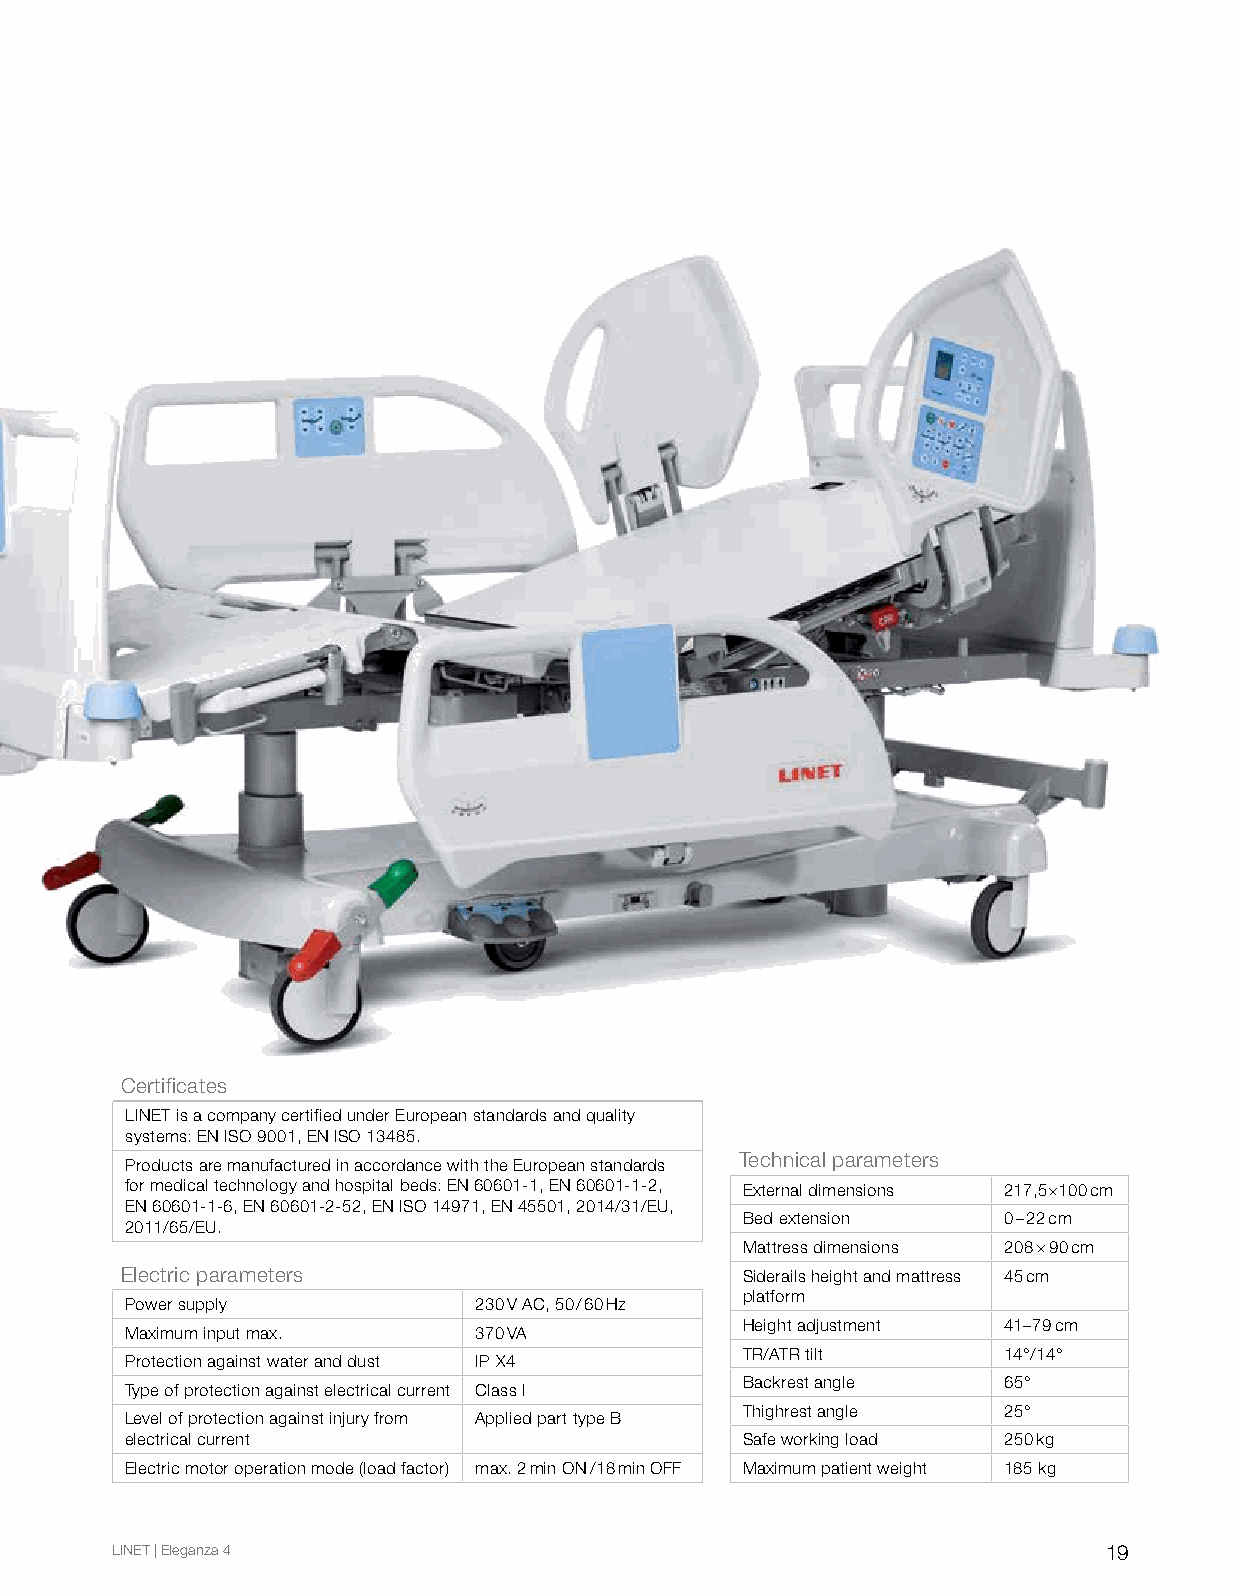
Certificates
 LINET is a company certified under European standards and quality
 systems: EN ISO 9001, EN ISO 13485.
 Technical parameters
 Products are manufactured in accordance with the European standards
 for medical technology and hospital beds: EN 60601-1, EN 60601-1-2, External dimensions 217,5×100 cm
 EN 60601-1-6, EN 60601-2-52, EN ISO 14971, EN 45501, 2014/31/EU,
 Bed extension    0–22 cm
 2011/65/EU.
 Mattress dimensions 208 × 90 cm
 Electric parameters                      Siderails height and mattress 45 cm
 platform
 Power supply           230 V AC, 50/60 Hz
 Height adjustment 41–79 cm
 Maximum input max.     370 VA
 TR/ATR tilt      14°/14°
 Protection against water and dust IP X4
 Backrest angle   65°
 Type of protection against electrical current Class I
 Thighrest angle  25°
 Level of protection against injury from Applied part type B
 electrical current                       Safe working load 250 kg
 Electric motor operation mode (load factor) max. 2 min ON/18 min OFF Maximum patient weight 185 kg
 LINET | Eleganza 4                                                19